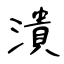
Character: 潰